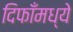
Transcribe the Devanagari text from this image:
दिफाँमध्ये